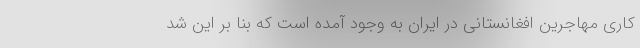
کاری مهاجرین افغانستانی در ایران به وجود آمده است که بنا بر این شد